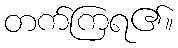
တက်ကြရ၏။